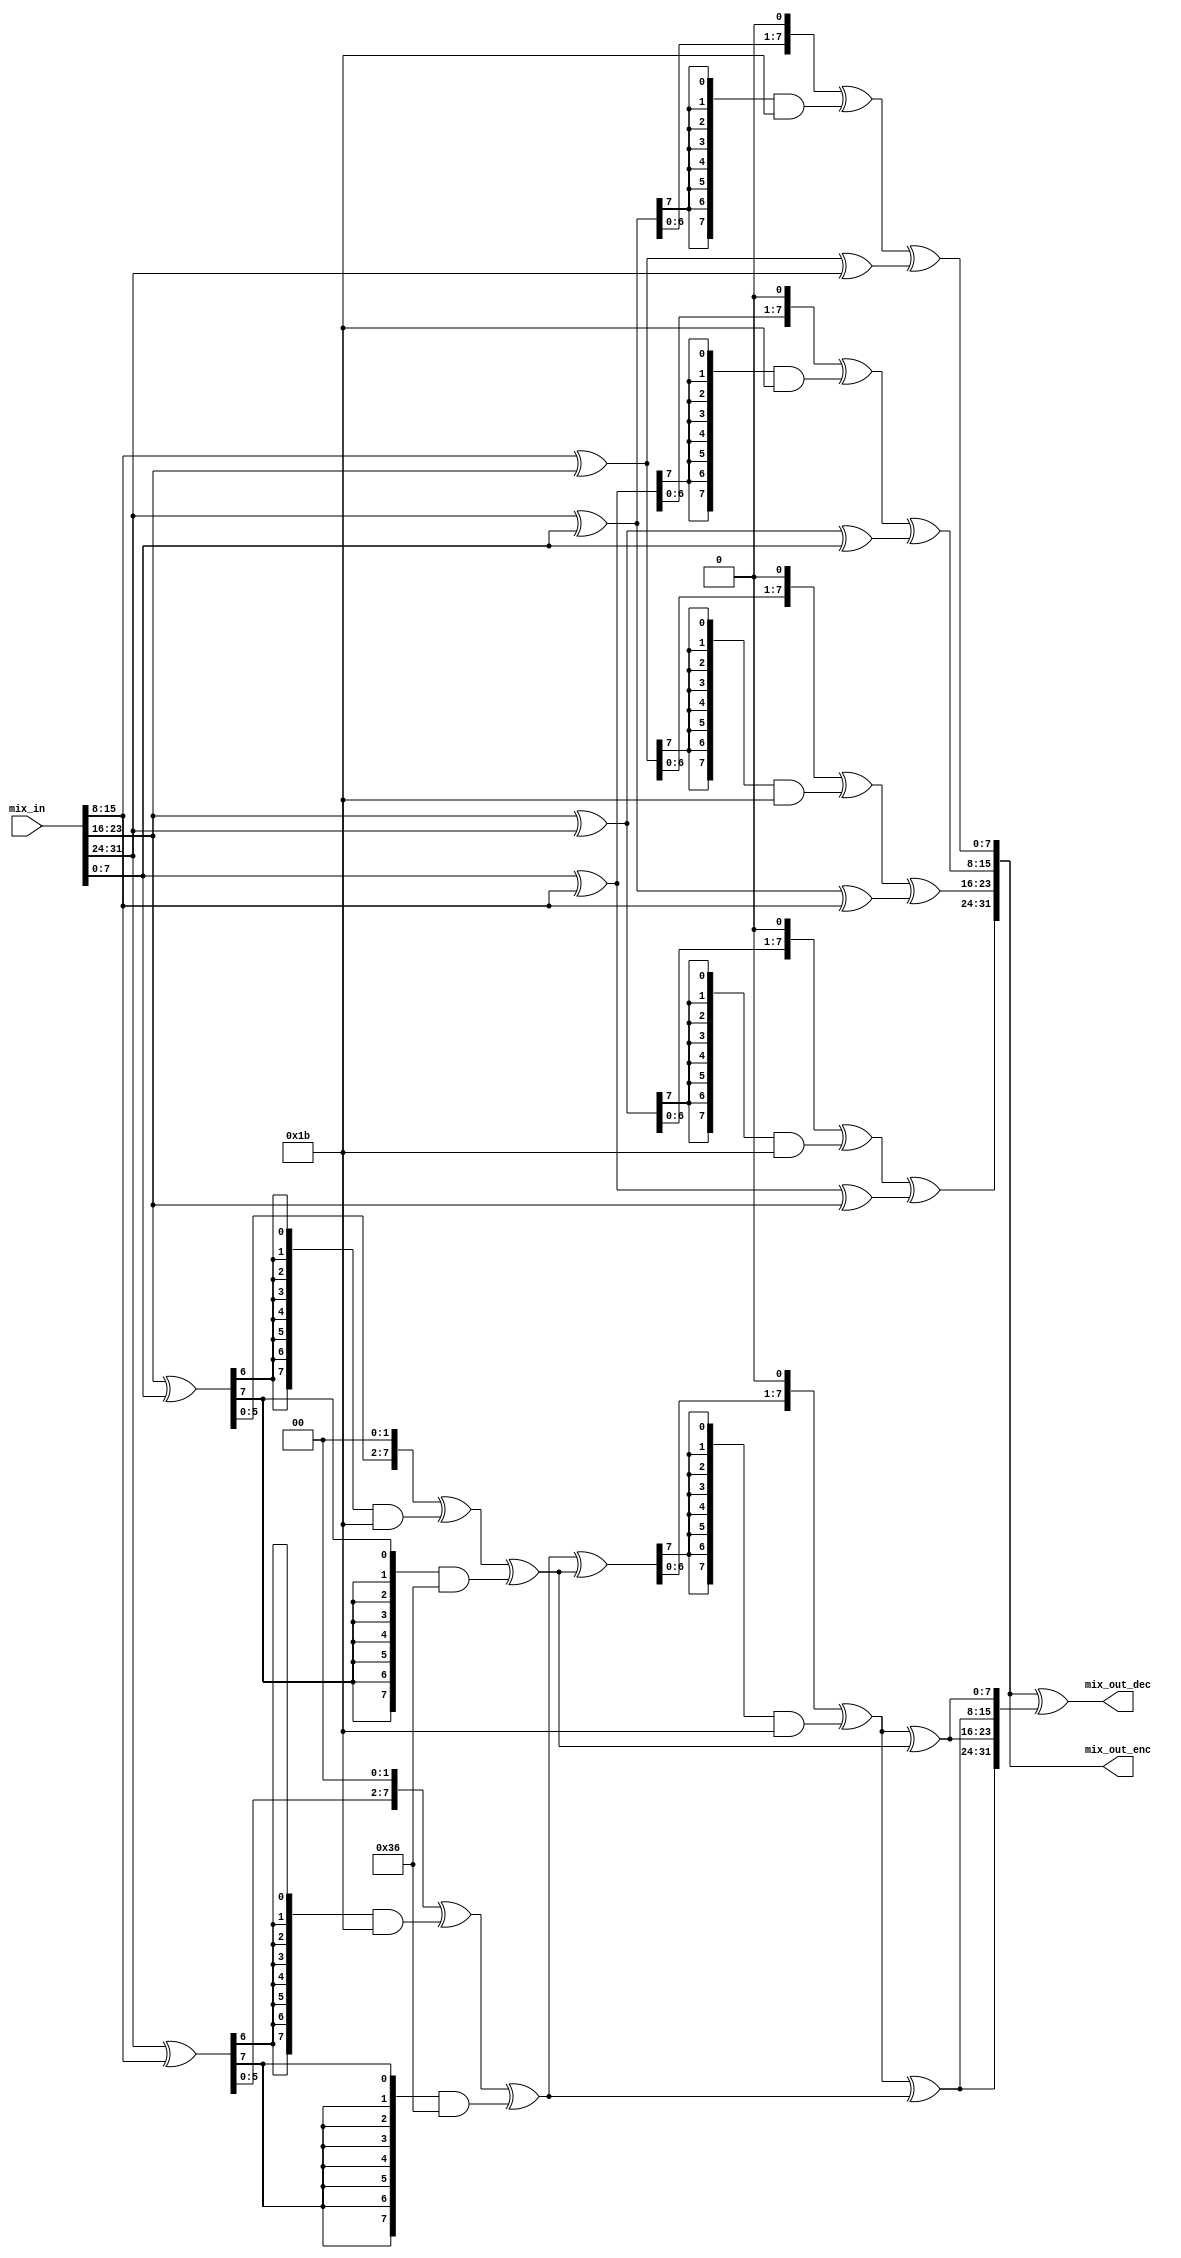
//////////////////////////////////////////////////////////////////
////
////
//// 	AES CORE BLOCK
////
////
////
//// This file is part of the APB to I2C project
////
//// http://www.opencores.org/cores/apbi2c/
////
////
////
//// Description
////
//// Implementation of APB IP core according to
////
//// aes128_spec IP core specification document.
////
////
////
//// To Do: Things are right here but always all block can suffer changes
////
////
////
////
////
//// Author(s): - Felipe Fernandes Da Costa, fefe2560@gmail.com
////		  Julio Cesar 
////
///////////////////////////////////////////////////////////////// 
////
////
//// Copyright (C) 2009 Authors and OPENCORES.ORG
////
////
////
//// This source file may be used and distributed without
////
//// restriction provided that this copyright statement is not
////
//// removed from the file and that any derivative work contains
//// the original copyright notice and the associated disclaimer.
////
////
//// This source file is free software; you can redistribute it
////
//// and/or modify it under the terms of the GNU Lesser General
////
//// Public License as published by the Free Software Foundation;
//// either version 2.1 of the License, or (at your option) any
////
//// later version.
////
////
////
//// This source is distributed in the hope that it will be
////
//// useful, but WITHOUT ANY WARRANTY; without even the implied
////
//// warranty of MERCHANTABILITY or FITNESS FOR A PARTICULAR
////
//// PURPOSE. See the GNU Lesser General Public License for more
//// details.
////
////
////
//// You should have received a copy of the GNU Lesser General
////
//// Public License along with this source; if not, download it
////
//// from http://www.opencores.org/lgpl.shtml
////
////
///////////////////////////////////////////////////////////////////
module mix_columns
(
	// OUTPUTS
	output [31:0] mix_out_enc,
	output [31:0] mix_out_dec,
	// INPUTS
	input  [31:0] mix_in
);

localparam integer SIZE      = 32;
localparam integer WORD_SIZE = 8;
localparam integer NUM_WORDS = 4;

wire [WORD_SIZE - 1 : 0] col  [0 : NUM_WORDS - 1];
wire [WORD_SIZE - 1 : 0] sum_p[0 : NUM_WORDS - 1];
wire [WORD_SIZE - 1 : 0] y    [0 : NUM_WORDS - 2];

//=====================================================================================
// Multiplication by 02 in GF(2^8) 
//=====================================================================================
function [7:0] aes_mult_02;
  input [7:0] data_in;
  begin
    aes_mult_02 = (data_in << 1) ^ {8{data_in[7]}} & 8'h1b;
  end
endfunction

//=====================================================================================
// Multiplication by 04 in GF(2^8)
//=====================================================================================
function [7:0] aes_mult_04;
  input [7:0] data_in;
  begin
    aes_mult_04 = ((data_in << 2) ^ {8{data_in[6]}} & 8'h1b) ^ {8{data_in[7]}} & 8'h36;
  end
endfunction

//=====================================================================================
// Word to Byte transformation
//=====================================================================================
generate
	genvar i;
	for(i = 0 ; i < NUM_WORDS; i = i + 1)
	begin:WBT
		assign col[i] = mix_in[WORD_SIZE*(i + 1) - 1: WORD_SIZE*i];
	end
endgenerate

//=====================================================================================
// Direct Mix Column Operation
//=====================================================================================
generate
	genvar j;
	for(j = 0; j < NUM_WORDS; j = j + 1)
		begin:DMCO
			assign sum_p[j] = col[(j + 1)%NUM_WORDS] ^ col[(j + 2)%NUM_WORDS] ^ col[(j + 3)%NUM_WORDS];
			assign mix_out_enc[ WORD_SIZE*(j + 1) - 1 : WORD_SIZE*j] = aes_mult_02(col[j] ^ col[(j + NUM_WORDS - 1)%NUM_WORDS]) ^ sum_p[j];
		end
endgenerate

//=====================================================================================
// Inverse Mix Column Operation
//=====================================================================================
assign y[0] = aes_mult_04(col[2] ^ col[0]); 
assign y[1] = aes_mult_04(col[3] ^ col[1]);
assign y[2] = aes_mult_02(  y[1] ^   y[0]);  
assign mix_out_dec = mix_out_enc ^ {2{y[2] ^ y[1], y[2] ^ y[0]}};

endmodule